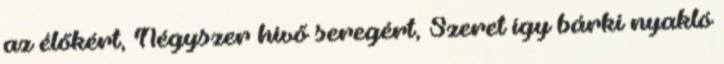
az élőkért, Négyszer hívő seregért, Szeret így bárki nyakló